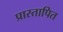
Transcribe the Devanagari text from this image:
प्रास्तापित